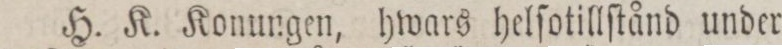
H. K. Konungen, hwars helſotillſtånd under